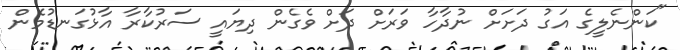
"ކަންނެލީގެ އަގު ދަށަށް ނުދާހާ ވަރަށް ދަށް ވެގެން ދިޔައީ ސަރުކާރާ އާޅުގަނޑުމެން